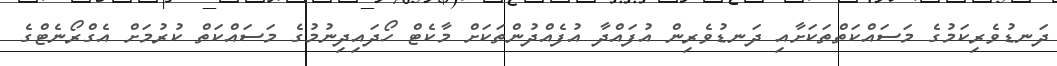
ދަނޑުވެރިކަމުގެ މަސައްކަތްތަކަށާއި ދަނޑުވެރިން އުފައްދާ އުފެއްދުންތަކަށް މާކެޓް ހޯދައިދިނުމުގެ މަސައްކަތް ކުރުމަށް އެގްރޯނެޓްގެ